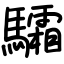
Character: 驦